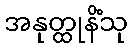
အနုတ္ထုနိံသု